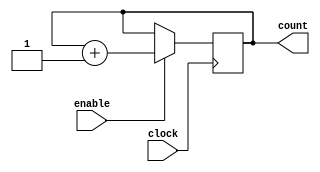
`timescale 1ns / 100ps	// unit time is 1ns, resolution is 100ps

//--------------------------------------------------------------
// Design Name: Counter_10
// Function: a 10-bit synchronous counter with synchronous clock
//--------------------------------------------------------------

module counter_10 (
	clock,		// clock input
	enable,		// high enable counter
	count			// count value
);

// ------ Declare ports ------

	parameter BIT_SZ = 10;
	input clock;
	input enable;
	output [BIT_SZ-1:0] count;
	
// count needs to be declared as reg

	reg [BIT_SZ-1:0] count;
	
// ---- always initialise storage elements such as D-FF

	initial count = 0;

// ---- Main body of the module ------

	always @ (posedge clock)
		if (enable == 1'b1)
			count <= count + 1'b1;
			
endmodule